Some observations on the poison of Russell's viper (Daboia russellii) - Number 3
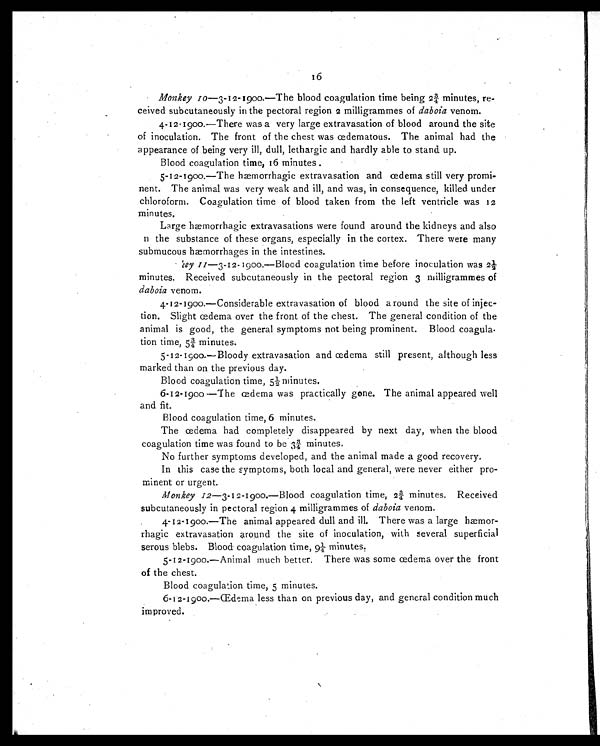
M o n k e y 1 0 — 3 - 1 2 - 1 9 0 0 . — T h e b l o o d c o a g u l a t i o n t i m e b e i n g 2 ¾ minutes, re-
ceived subcutaneously in the pectoral region 2 milligrammes of daboia
venom.
4-12-1900—There was a very large extravasation of blood around the site
of inoculation. The front of the chest was œdematous. The animal had the
appearance of being very ill, dull, lethargic and hardly able to stand up.
Blood coagulation time, 16 minutes.
5-12-1900.—The hæmorrhagic extravasation and œdema still very promi-
nent. The animal was very weak and ill, and was, in consequence, killed under
chloroform. Coagulation time of blood taken from the left ventricle was 12
minutes.
Large hæmorrhagic extravasations were found around the kidneys and also
a the substance of these organs, especially in the cortex. There were many
submucous hæmorrhages in the intestines.
Key 11—3-12-1900.—Blood coagulation time before inoculation was 2½
minutes. Received subcutaneously in the pectoral region 3 milligrammes of
daboia
venom.
4-12-1900.—Considerable extravasation of blood a round the site of injec-
tion. Slight ædema over the front of the chest. The general condition of the
animal is good, the general symptoms not being prominent. Blood coagula.
tion time, 5¾ minutes.
5-12-1900.—Bloody extravasation and œdema still present, although less
marked than on the previous day.
Blood coagulation time, 5½ minutes.
6-12-1900 —The œdema was practically gone. The animal appeared well
and fit.
Blood coagulation time, 6 minutes.
The œdema had completely disappeared by next day, when the blood
coagulation time was found to be 3¾ minutes.
No further symptoms developed, and the animal made a good recovery.
In this case the symptoms, both local and general, were never either pro-
minent or urgent.
Monkey 1
2—3-12-1900.—Blood coagulation time, 2¾ minutes. Received
subcutaneously in pectoral region 4 milligrammes of daboia venom.
4-12-1900.—The animal appeared dull and ill. There was a large hæmor-
rhagic extravasation around the site of inoculation, with several superficial
serous blebs. Blood coagulation time, 9¼ minutes.
5-12-1900.—Animal much better. There was some œdema over the front
of the chest.
Blood coagulation time, 5 minutes.
6-12-1900.—Œdema less than on previous day, and general condition much
improved.